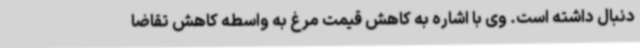
دنبال داشته است. وی با اشاره به کاهش قیمت مرغ به واسطه کاهش تقاضا